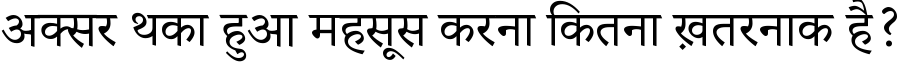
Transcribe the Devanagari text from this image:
अक्सर थका हुआ महसूस करना कितना ख़तरनाक है?